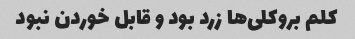
کلم بروکلی‌ها زرد بود و قابل خوردن نبود